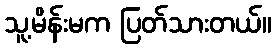
သူ့မိန်းမက ပြတ်သားတယ်။